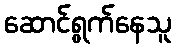
ဆောင်ရွက်နေသူ